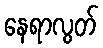
နေရာလွတ်